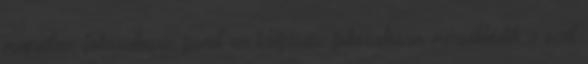
megyében fokozatosan javul az időjárás, fokozatosan mérséklődik a szél